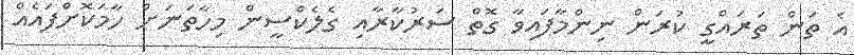
އެ ތަން ތަރައްގީ ކުރަން ނިންމާފައިވާ ގޮތް ސަރުކާރާއި ގެލެކްސީން މިހާތަނަށް ހާމަކޮށްފައެއް